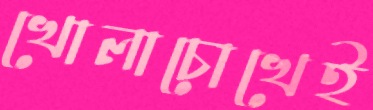
খোলাচোখেই